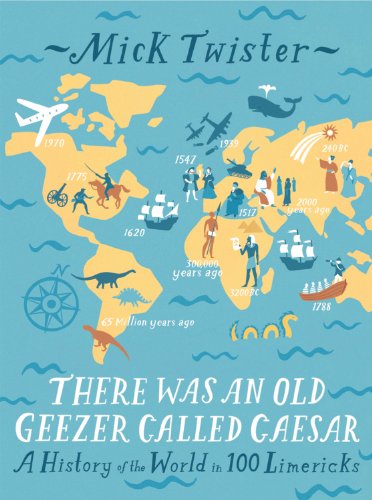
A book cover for There Was an Old Geezer Called Caesar: A History of the World in 100 Limericks; Mick Twister; Humor & Entertainment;